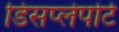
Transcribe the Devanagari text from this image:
डिसप्लेपोर्ट